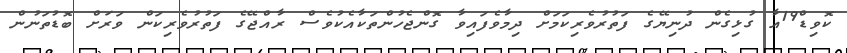
ކޮވިޑް19އާ ގުޅިގެން ދުނިޔޭގެ ފަތުރުވެރިކަމަށް ދިމާވެފައިވާ ގޮންޖެހުންތަކާއެކުވެސް ރާއްޖޭގެ ފަތުރުވެރިކަން ވަރަށް ބޮޑުތަނުން